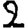
Digit: 2